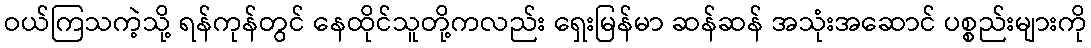
ဝယ်ကြသကဲ့သို့ ရန်ကုန်တွင် နေထိုင်သူတို့ကလည်း ရှေးမြန်မာ ဆန်ဆန် အသုံးအဆောင် ပစ္စည်းများကို